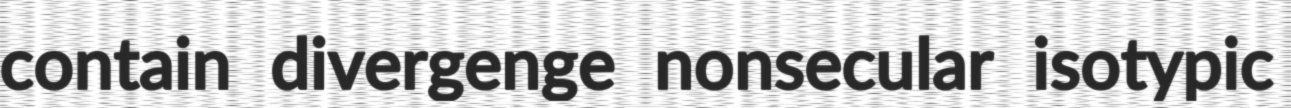
contain divergenge nonsecular isotypic